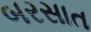
બરસાત